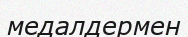
медалдермен